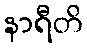
နာရီတိ